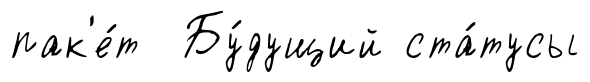
пак'е́т Бу́дущий ста́тусы